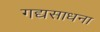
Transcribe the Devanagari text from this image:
गद्यसाधना